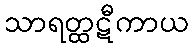
သာရတ္ထဋီကာယ